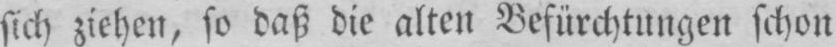
sich ziehen, so daß die alten Befürchtungen schon